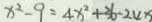
x ^ { 2 } - 9 = 4 x ^ { 2 } + 3 6 - 2 4 x